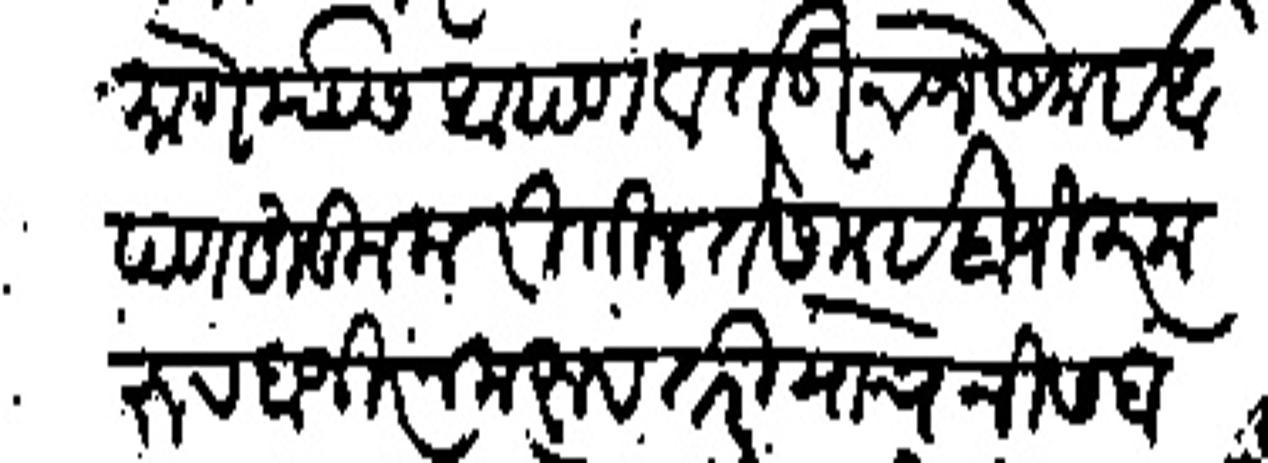
Transliteration (Devanagari): प्रमाणे यास आपण वर्सऊन जे समई आपण हुकूम करतील ते समई हाजीर करून हाजीर न करु तरी याचे निसबतीचा